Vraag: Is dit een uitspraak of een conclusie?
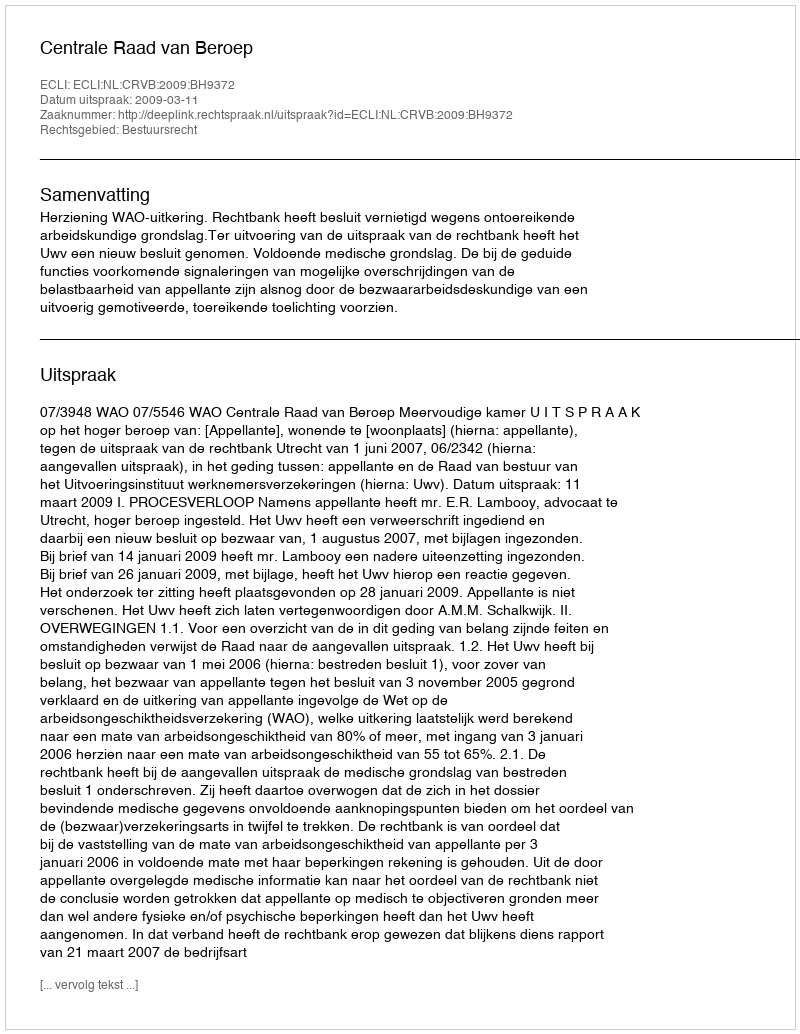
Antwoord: Uitspraak